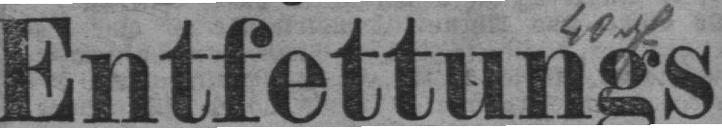
Entfettungs